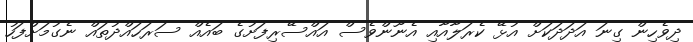
ދިވެހިން ގިނަ އަދަދަކަށް އުޅޭ ކެރަލާއާއި އެނޫންވެސް އައްސޭރިފަށުގެ ބައެއް ސަރަހައްދުތައް ނެގުމަށްފަހު